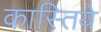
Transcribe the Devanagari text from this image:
कास्तिये